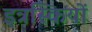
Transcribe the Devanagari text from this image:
इत्रस्कियों